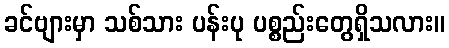
ခင်ဗျားမှာ သစ်သား ပန်းပု ပစ္စည်းတွေရှိသလား။